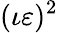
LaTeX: (\iota\varepsilon)^{2}